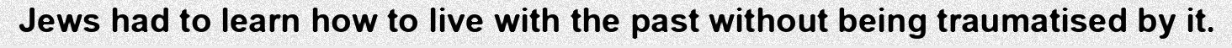
Jews had to learn how to live with the past without being traumatised by it.